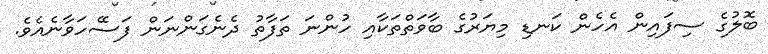
ބޮލުގެ ސިފައިން އެހެން ކަނޑި މިޔަރުގެ ބާވަތްތަކާއި ހުންނަ ތަފާތު ދެނެގަންނަން ފަސޭހަވާނެއެވެ.